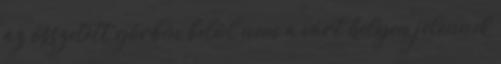
az összetett görbén belül nem a várt helyen jelennek